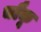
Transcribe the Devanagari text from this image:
चौकू